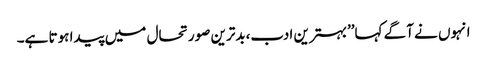
انہوں نے آگے کہا’’بہترین ادب،بدترین صورتحال میں پیدا ہوتا ہے۔